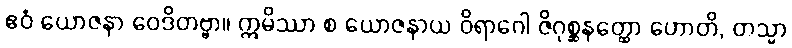
ဧဝံ ယောဇနာ ဝေဒိတဗ္ဗာ။ ဣမိဿာ စ ယောဇနာယ ဝိရာဂေါ ဇိဂုစ္ဆနတ္ထော ဟောတိ, တသ္မာ